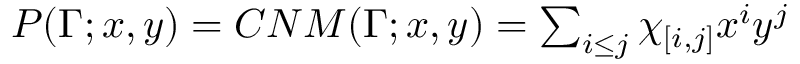
\begin{array} { r } { P ( \Gamma ; x , y ) = C N M ( \Gamma ; x , y ) = \sum _ { i \leq j } \chi _ { [ i , j ] } x ^ { i } y ^ { j } } \end{array}